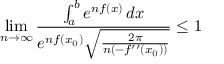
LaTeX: \operatorname* { l i m } _ { n \to \infty } { \frac { \int _ { a } ^ { b } e ^ { n f ( x ) } \, d x } { e ^ { n f ( x _ { 0 } ) } { \sqrt { \frac { 2 \pi } { n ( - f ^ { \prime \prime } ( x _ { 0 } ) ) } } } } } \leq 1